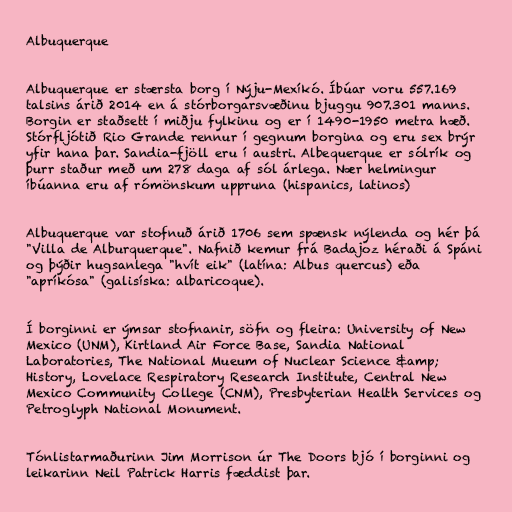
Albuquerque

Albuquerque er stærsta borg í Nýju-Mexíkó. Íbúar voru 557.169
talsins árið 2014 en á stórborgarsvæðinu bjuggu 907.301 manns.
Borgin er staðsett í miðju fylkinu og er í 1490-1950 metra hæð.
Stórfljótið Rio Grande rennur í gegnum borgina og eru sex brýr
yfir hana þar. Sandia-fjöll eru í austri. Albequerque er sólrík og
þurr staður með um 278 daga af sól árlega. Nær helmingur
íbúanna eru af rómönskum uppruna (hispanics, latinos)

Albuquerque var stofnuð árið 1706 sem spænsk nýlenda og hér þá
"Villa de Alburquerque". Nafnið kemur frá Badajoz héraði á Spáni
og þýðir hugsanlega "hvít eik" (latína: Albus quercus) eða
"apríkósa" (galisíska: albaricoque).

Í borginni er ýmsar stofnanir, söfn og fleira: University of New
Mexico (UNM), Kirtland Air Force Base, Sandia National
Laboratories, The National Mueum of Nuclear Science &amp;
History, Lovelace Respiratory Research Institute, Central New
Mexico Community College (CNM), Presbyterian Health Services og
Petroglyph National Monument.

Tónlistarmaðurinn Jim Morrison úr The Doors bjó í borginni og
leikarinn Neil Patrick Harris fæddist þar.